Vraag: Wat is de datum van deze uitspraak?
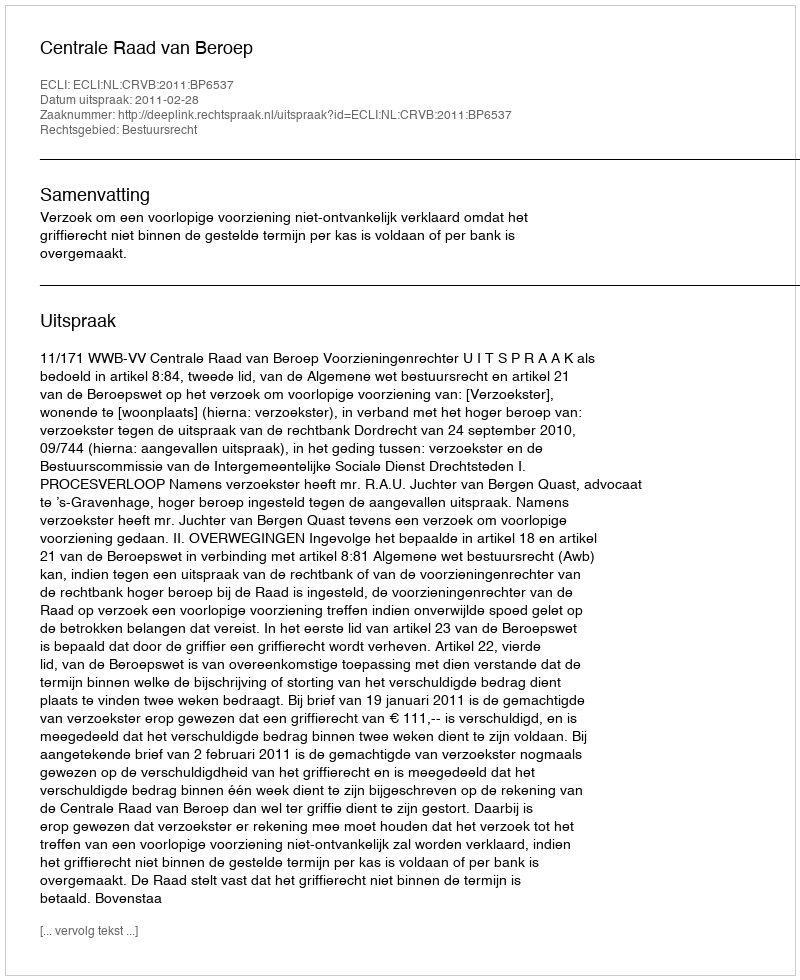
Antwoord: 2011-02-28